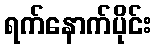
ရက်နောက်ပိုင်း